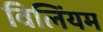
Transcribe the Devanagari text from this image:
विलिंयम